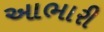
આભારી